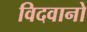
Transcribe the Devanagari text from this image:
विदवानो